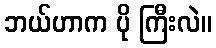
ဘယ်ဟာက ပို ကြီးလဲ။